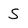
Character: S